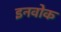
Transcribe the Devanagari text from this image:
इनवोक